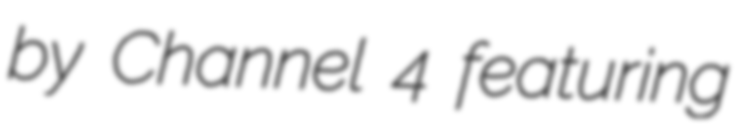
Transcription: by Channel 4 featuring